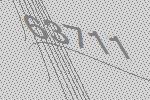
63711